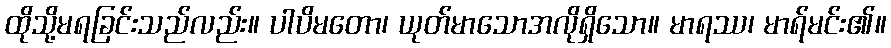
ထိုသို့မရခြင်းသည်လည်း။ ပါပိမတော၊ ယုတ်မာသောအလိုရှိသော။ မာရဿ၊ မာရ်မင်း၏။